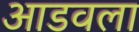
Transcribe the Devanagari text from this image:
आडवला